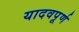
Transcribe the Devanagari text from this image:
यादवपूर्ण